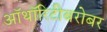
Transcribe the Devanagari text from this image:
ऑथॉरिटीबरोबर